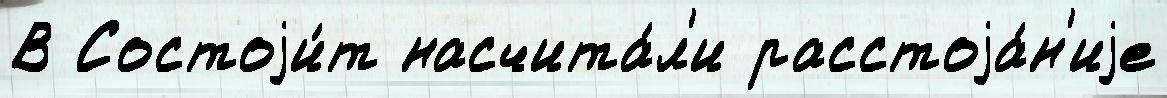
В Состоjи́т насчита́л'и расстоjа́н'иjе